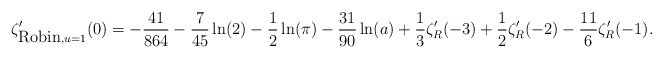
\begin{align*}\zeta_{{\mbox {Robin}},u=1}'(0)=-{41\over 864}-{7\over 45}\ln(2)-{1\over 2}\ln(\pi)-{31\over 90}\ln(a)+{1\over 3}\zeta_{R}'(-3)+{1\over 2}\zeta_{R}'(-2)-{11\over 6}\zeta_{R}'(-1) .\end{align*}